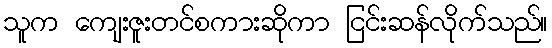
သူက ကျေးဇူးတင်စကားဆိုကာ ငြင်းဆန်လိုက်သည်။